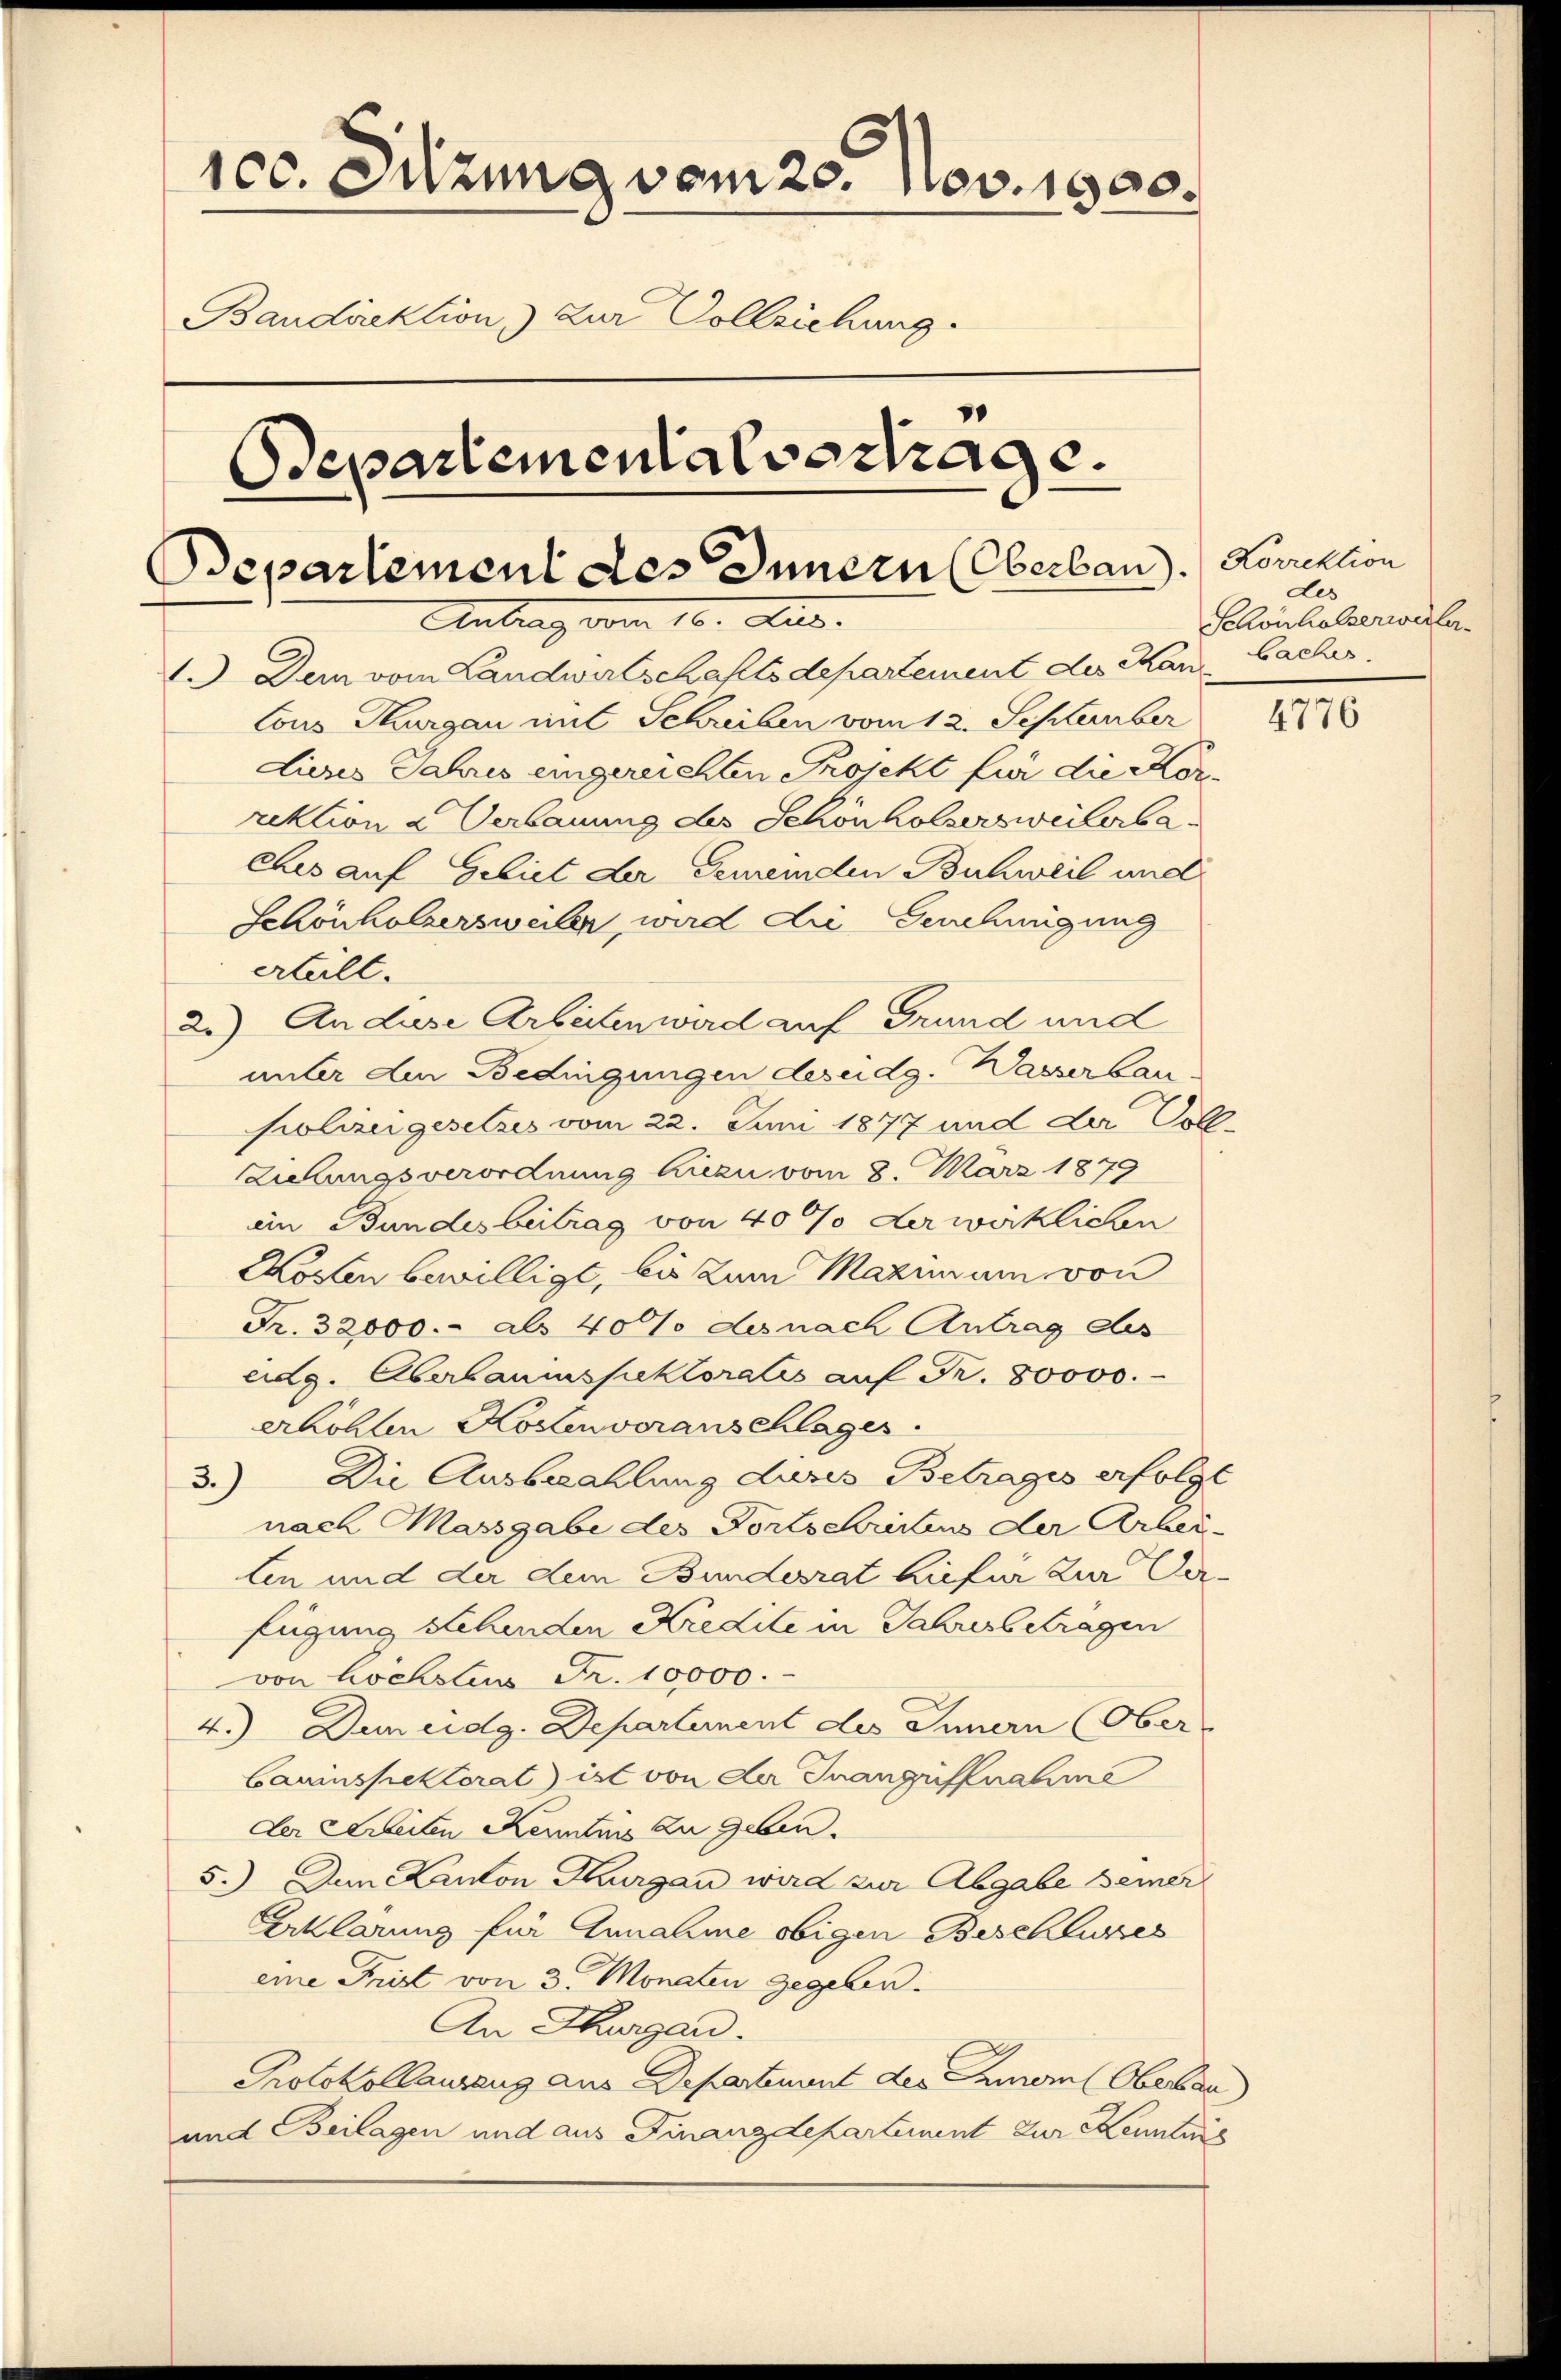
100. Sitzung vom 25. Nov. 1900.
Baudirektion) Zur Vollziehung.
Bepartementalvertrage.
Departement des Innern (Oberbau).
Antrag vom 10. Aug.

1.) Dem vom Landwirtschaftsdepartement des Man baches
lous Thurgau mit Schreiben vom 12. September
dieses Jahres eingereichten Projekt für die Korrektion u Verbauung des Schönholzersweilerbaches auf Gebiet der Gemeinden Buchweil und
Schönholzersweiler, wird die Genehmigung
erteilt.
An diese Arbeiten wird auf Grund und
2)
unter den Bedingungen des eidg. Wasserbau.
Polizugesetzes vom 22. Juni 1877 und der Voll¬
Ziehungsverordnung hiezu vom 8. März 1879
in Bundesbeitrag von 40% der wirklichen
Kosten bewilligt, bis zum Maximum von
Fr. 32000.- als 40% des nach Antrag des
eidg. Aberbaumspektoratis aŭf Fr. 80000.
erhöhten Kostenvoranschlages.
3.) Die Ausbezahlung dures Betrages erfolgt
nach Massgabe der Fortschrittens der Arbeilen und der dem Bundesrat hiefür zur Verfügung sehenden Kredite in Jahresbetragen
von höchstus Fr. 10000.-
4.) Den eidg. Departement des Innern (Ober-
Cauinspektorat) ist von der Inangüffnahme
Der Arbeiten Kenntnis zu geben¬
5.) Den Kanton Thurgau wird zur Abgabe seiner
Erklärung für Annahme obigen Beschlusses
eine Frist von 3. Monaten gegeben.
An Thurgau.
Protokollauszug aus Departement des Innern (Oberband
und Beilagen und aus Finanzdepartement zur Kennting

Korrektion
Les
Schönholzerweiter

4776